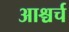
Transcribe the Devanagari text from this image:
आश्चर्च